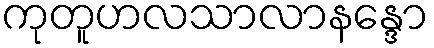
ကုတူဟလသာလာနန္ဒော